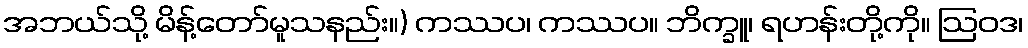
အဘယ်သို့ မိန့်တော်မူသနည်း။) ကဿပ၊ ကဿပ။ ဘိက္ခူ၊ ရဟန်းတို့ကို။ ဩဝဒ၊